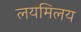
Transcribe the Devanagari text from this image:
लयमिलय